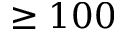
\geq 1 0 0